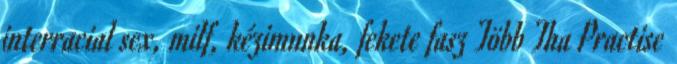
interracial sex, milf, kézimunka, fekete fasz Több Tha Practise